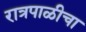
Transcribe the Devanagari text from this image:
रात्रपाळीचा